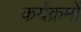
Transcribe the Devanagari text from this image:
कर्यक्रमों